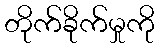
တိုက်ခိုက်မှုကို